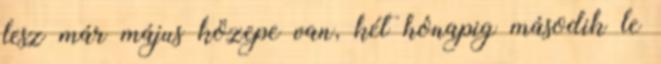
lesz már május közepe van, két hónapig második le